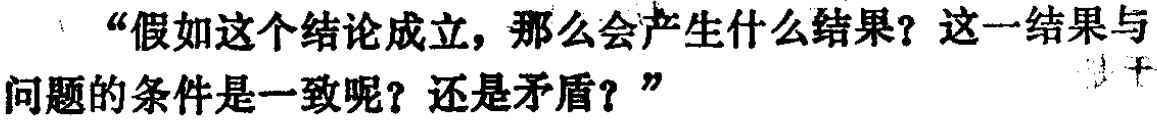
“假如这个结论成立，那么会产生什么结果？这一结果与问题的条件是一致呢？还是矛盾？”